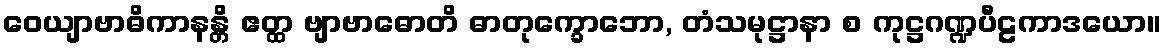
ဝေယျာဗာဓိကာနန္တိ ဧတ္ထ ဗျာဗာဓောတိ ဓာတုက္ခောဘော, တံသမုဋ္ဌာနာ စ ကုဋ္ဌဂဏ္ဍပီဠကာဒယော။